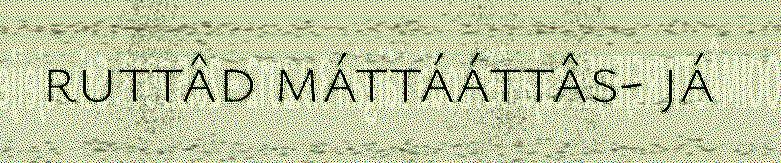
ruttâd máttááttâs- já